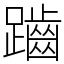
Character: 𪘏